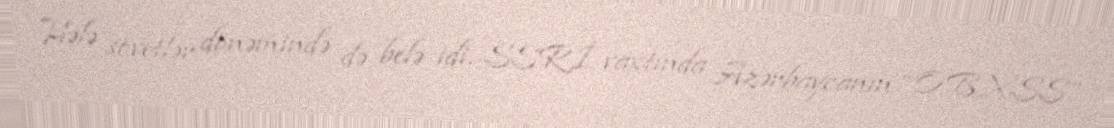
Hələ sovetlər dönəmində də belə idi. SSRİ vaxtında Azərbaycanın “OBXSS”